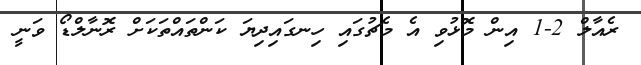
ރެއާލް 2-1 އިން މޮޅުވި އެ މެޗުގައި ހިނގައިދިޔަ ކަންތައްތަކަށް ރޮނާލްޑޯ ވަނީ